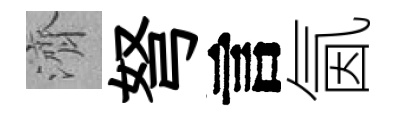
濟弩言氤